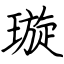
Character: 璇